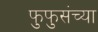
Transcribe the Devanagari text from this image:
फुफुसंच्या